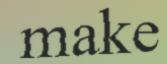
make